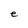
Character: e